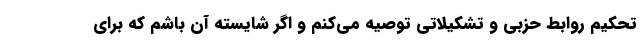
تحکیم روابط حزبی و تشکیلاتی توصیه می‌کنم و اگر شایسته آن باشم که برای